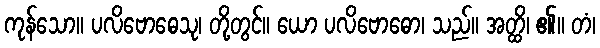
ကုန်သော။ ပလိဗောဓေသု၊ တို့တွင်။ ယော ပလိဗောဓော၊ သည်။ အတ္ထိ၊ ၏။ တံ၊